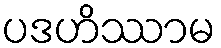
ပဒဟိဿာမ